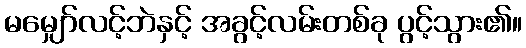
မမျှော်လင့်ဘဲနှင့် အခွင့်လမ်းတစ်ခု ပွင့်သွား၏။